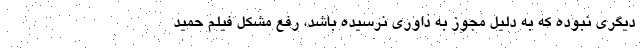
دیگری نبوده که به دلیل مجوز به داوری نرسیده باشد، رفع مشکل فیلم حمید